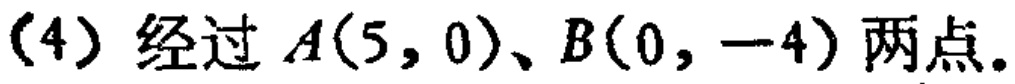
(4) 经过 \(A(5,0)\)、\(B(0,-4)\) 两点。